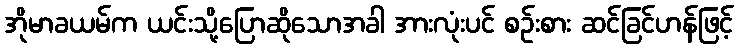
အိုမာခယမ်က ယင်းသို့ပြောဆိုသောအခါ အားလုံးပင် စဉ်းစား ဆင်ခြင်ဟန်ဖြင့်